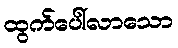
ထွက်ပေါ်လာသော